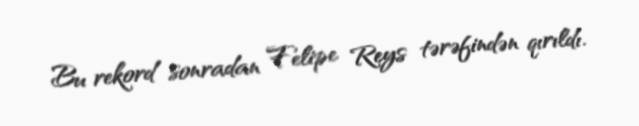
Bu rekord sonradan Felipe Reys tərəfindən qırıldı.